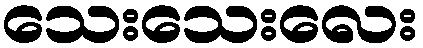
သေးသေးလေး